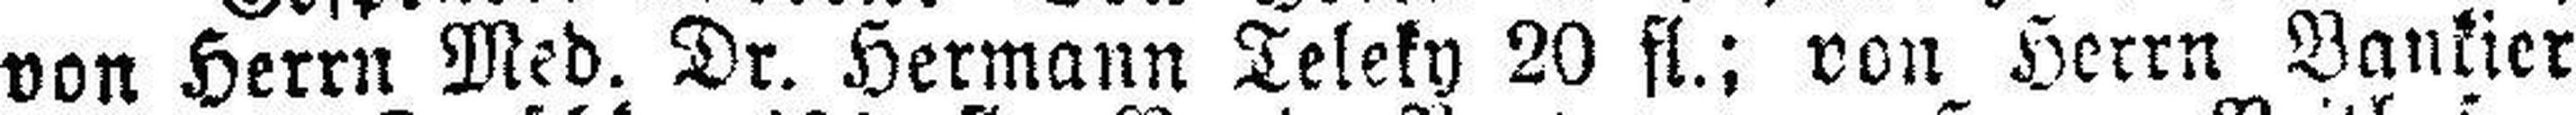
von Herrn Med. Dr. Hermann Teleky 20 fl.; von Herrn Bankier